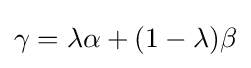
{\textstyle \gamma =\lambda \alpha +(1-\lambda )\beta }